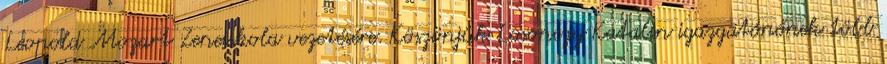
Leopold Mozart Zeneiskola vezetésére. Köszönjük Losonczy Katalin igazgatónőnek több